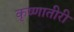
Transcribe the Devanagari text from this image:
कृष्णातीरी